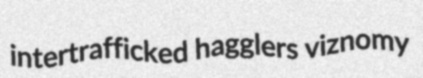
intertrafficked hagglers viznomy